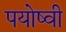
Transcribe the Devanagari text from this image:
पयोष्वी